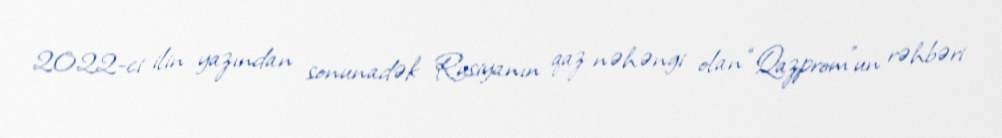
2022-ci ilin yazından sonunadək Rusiyanın qaz nəhəngi olan “Qazprom”un rəhbəri